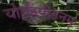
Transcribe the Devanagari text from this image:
योर्ग्रहपीडनम्